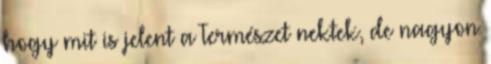
hogy mit is jelent a Természet nektek, de nagyon